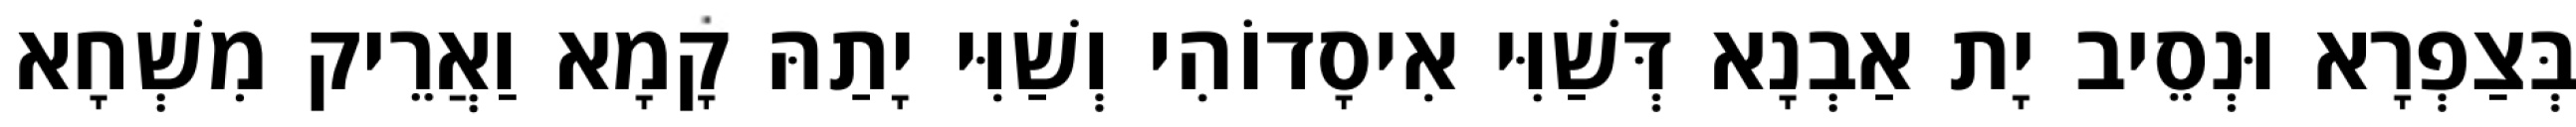
בְּצַפְרָא וּנְסֵיב יָת אַבְנָא דְּשַׁוִּי אִיסָדוֹהִי וְשַׁוִּי יָתַהּ קָמָא וַאֲרֵיק מִשְׁחָא